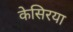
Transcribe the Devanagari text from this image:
केसिरया